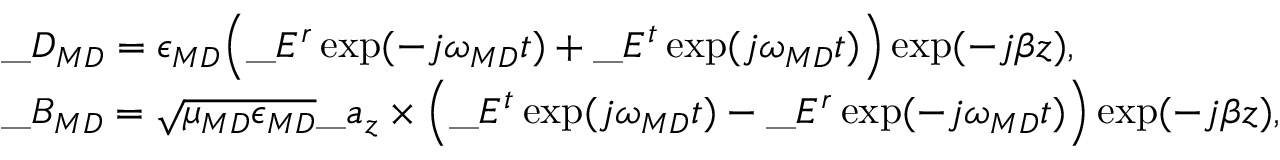
\begin{array} { r l } & { \_ D _ { \/ { M D } } = \epsilon _ { \/ { M D } } \Big ( \_ E ^ { r } \exp ( - j \omega _ { \/ { M D } } t ) + \_ E ^ { t } \exp ( j \omega _ { \/ { M D } } t ) \Big ) \exp ( - j \beta z ) , } \\ & { \_ B _ { \/ { M D } } = \sqrt { \mu _ { \/ { M D } } \epsilon _ { \/ { M D } } } \_ a _ { z } \times \Big ( \_ E ^ { t } \exp ( j \omega _ { \/ { M D } } t ) - \_ E ^ { r } \exp ( - j \omega _ { \/ { M D } } t ) \Big ) \exp ( - j \beta z ) , } \end{array}